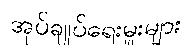
အုပ်ချုပ်ရေးမှူးများ